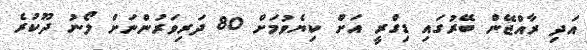
އަދި ރާއްޖޭން ބޭރުގައި ޑިގްރީ އަށް ކިޔެވުމަށް 80 ދަރިވަރުންނަށް ލޯނު ދޫކުރެ